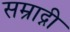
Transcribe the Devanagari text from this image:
सम्राद्नी